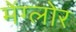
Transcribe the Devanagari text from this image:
मेंग्लोर